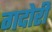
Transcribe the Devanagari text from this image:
गदोरी